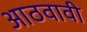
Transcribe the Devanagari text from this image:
आठवावी